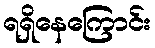
ရရှိနေကြောင်း